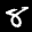
Label: 8